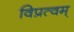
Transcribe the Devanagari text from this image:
विप्रत्वम्